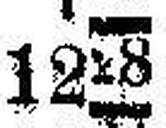
1228